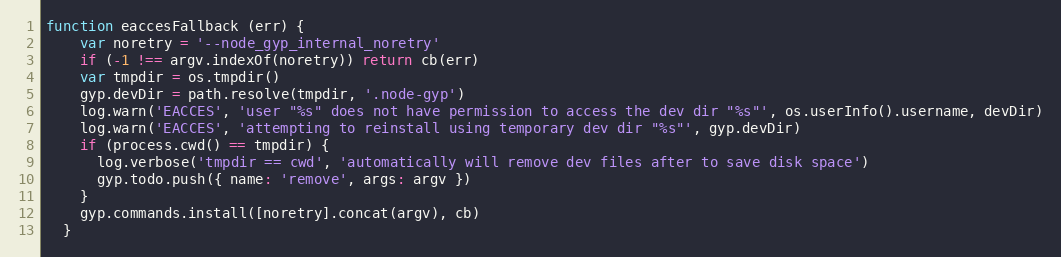
Language: JavaScript
function eaccesFallback (err) {
    var noretry = '--node_gyp_internal_noretry'
    if (-1 !== argv.indexOf(noretry)) return cb(err)
    var tmpdir = os.tmpdir()
    gyp.devDir = path.resolve(tmpdir, '.node-gyp')
    log.warn('EACCES', 'user "%s" does not have permission to access the dev dir "%s"', os.userInfo().username, devDir)
    log.warn('EACCES', 'attempting to reinstall using temporary dev dir "%s"', gyp.devDir)
    if (process.cwd() == tmpdir) {
      log.verbose('tmpdir == cwd', 'automatically will remove dev files after to save disk space')
      gyp.todo.push({ name: 'remove', args: argv })
    }
    gyp.commands.install([noretry].concat(argv), cb)
  }